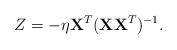
LaTeX: \begin{align*}Z &=-\eta \mathbf{X}^{T}(\mathbf{X}\mathbf{X}^{T})^{-1}.\end{align*}